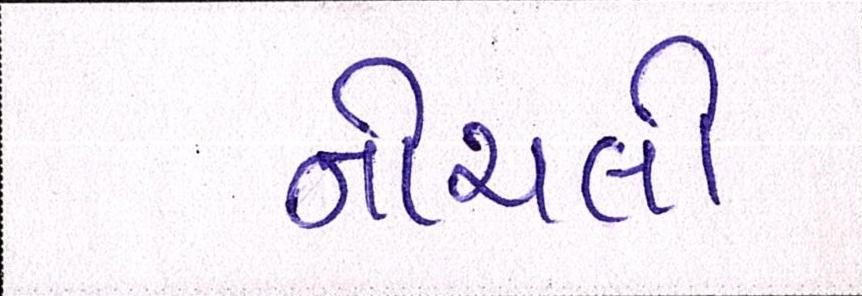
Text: નીચલી